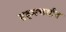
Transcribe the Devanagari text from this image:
ब्रहमचर्यात